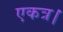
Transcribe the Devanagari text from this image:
एकत्र।